Civil Veterinary Department Bengal reports 1923-33 - 1923-1933
Year: 1923
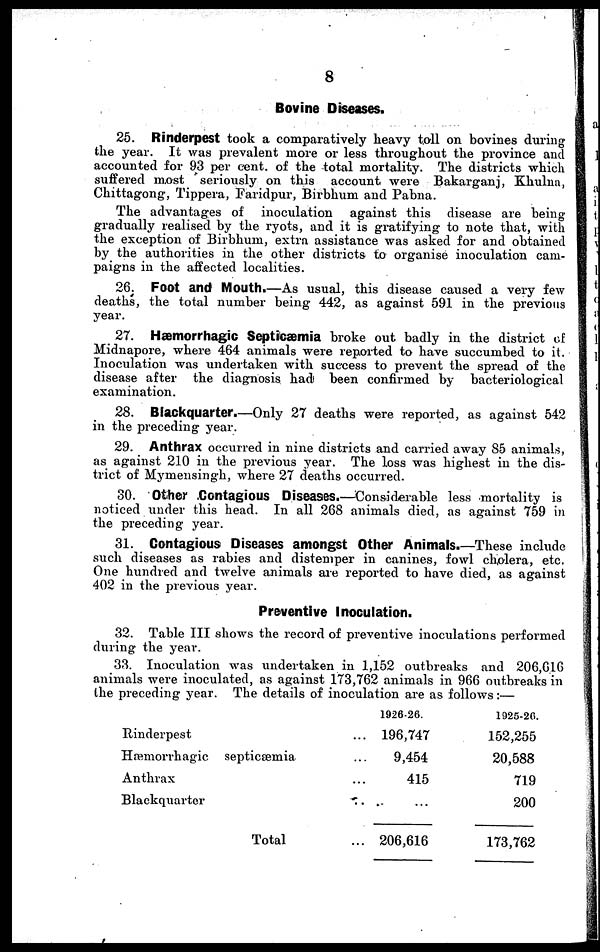
8
Bovine Diseases.
25. Rinderpest took a comparatively heavy toll on bovines during
the year. It was prevalent more or less throughout the province and
accounted for 93 per cent. of the total mortality. The districts which
suffered most seriously on this account were Bakarganj, Khulna,
Chittagong, Tippera, Faridpur, Birbhum and Pabna.
The advantages of inoculation against this disease are being
gradually realised by the ryots, and it is gratifying to note that, with
the exception of Birbhum, extra assistance was asked for and obtained
by the authorities in the other districts to organise inoculation cam-
paigns in the affected localities.
26. Foot and Mouth.—As usual, this disease caused a very few
deaths, the total number being 442, as against 591 in the previous
year.
27. Hæmorrhagic Septicæmia broke out badly in the district of
Midnapore, where 464 animals were reported to have succumbed to it.
Inoculation was undertaken with success to prevent the spread of the
disease after the diagnosis had been confirmed by bacteriological
examination.
28. Blackquarter.—Only 27 deaths were reported, as against 542
in the preceding year.
29. Anthrax occurred in nine districts and carried away 85 animals,
as against 210 in the previous year. The loss was highest in the dis-
trict of Mymensingh, where 27 deaths occurred.
30. Other Contagious Diseases.—Considerable less mortality is
noticed under this head. In all 268 animals died, as against 759 in
the preceding year.
31. Contagious Diseases amongst Other Animals.—These include
such diseases as rabies and distemper in canines, fowl cholera, etc.
One hundred and twelve animals are reported to have died, as against
402 in the previous year.
Preventive Inoculation.
32. Table III shows the record of preventive inoculations performed
during the year.
33. Inoculation was undertaken in 1,152 outbreaks and 206,616
animals were inoculated, as against 173,762 animals in 966 outbreaks in
the preceding year. The details of inoculation are as follows:—
Rinderpest
Hæmorrhagic septicæmia
Anthrax
Blackquarter
Total
1926-26.
196,747
9,454
415
.. .. ...
206,616
1925-20.
152,255
20,588
719
200
173,762